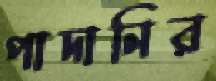
পাদানির